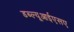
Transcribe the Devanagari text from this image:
डब्ल्यूआईएसए